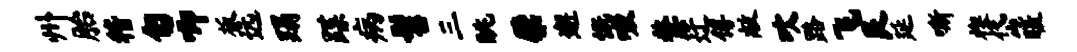
州胎稽匍唧板远蹋蹀病髫三眺檗邂慨啜嫠迂傅敞吹路飞艮延嘶楔岱暖